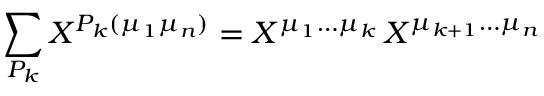
\sum _ { P _ { k } } X ^ { P _ { k } ( \mu _ { 1 } \mu _ { n } ) } = X ^ { \mu _ { 1 } \ldots \mu _ { k } } \, X ^ { \mu _ { k + 1 } \ldots \mu _ { n } }